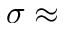
\sigma \approx